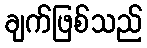
ချက်ဖြစ်သည်